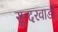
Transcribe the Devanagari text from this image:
सुन्दरवाडी